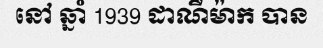
នៅ ឆ្នាំ 1939 ដាណឺម៉ាក បាន